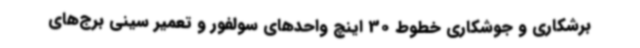
برشکاری و جوشکاری خطوط 30 اینچ واحدهای سولفور و تعمیر سینی برج‌های